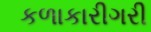
કળાકારીગરી